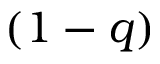
( 1 - q )